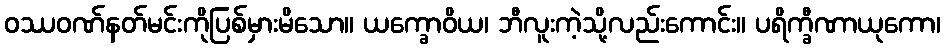
ဝဿဝဏ်နတ်မင်းကိုပြစ်မှားမိသော။ ယက္ခောဝိယ၊ ဘီလူးကဲ့သို့လည်းကောင်း။ ပရိက္ခီဏာယုကော၊